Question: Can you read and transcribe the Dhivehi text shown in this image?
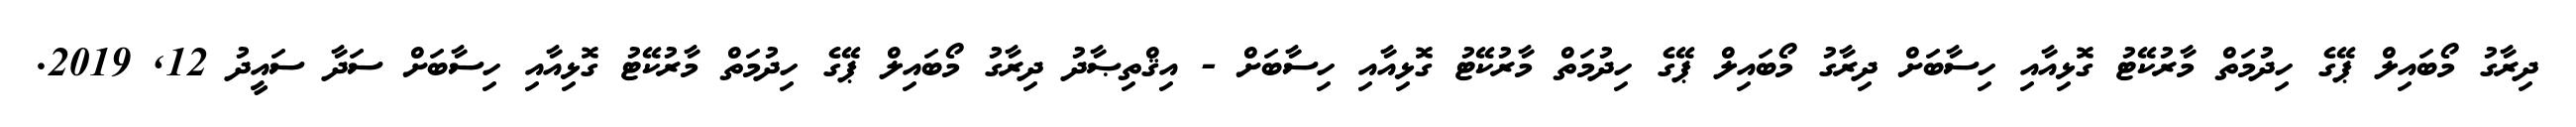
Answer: ދިރާގު މޯބައިލް ޕޭގެ ހިދުމަތް މާރުކޭޓު ގޮޅިއާއި ހިސާބަށް ދިރާގު މޯބައިލް ޕޭގެ ހިދުމަތް މާރުކޭޓު ގޮޅިއާއި ހިސާބަށް - އިޤްތިޞާދު ދިރާގު މޯބައިލް ޕޭގެ ހިދުމަތް މާރުކޭޓު ގޮޅިއާއި ހިސާބަށް ސަދާ ސައީދު 12, 2019.